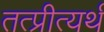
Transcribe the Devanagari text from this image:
तत्प्रीत्यर्थ